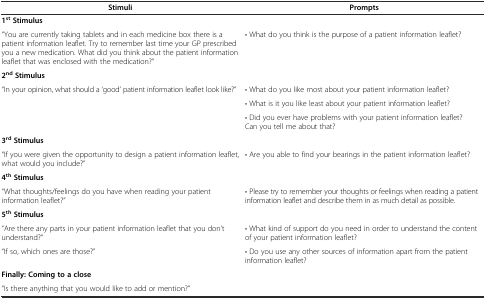
| Stimuli | Prompts |
 | --- | --- |
 | 1stStimulus |  |
 | "You are currently taking tablets and in each medicine box there is a patient information leaflet. Try to remember last time your GP prescribed you a new medication. What did you think about the patient information leaflet that was enclosed with the medication?" | • What do you think is the purpose of a patient information leaflet? |
 | 2ndStimulus |  |
 | "In your opinion, what should a ‘good’ patient information leaflet look like?" | • What do you like most about your patient information leaflet? |
 |  | • What is it you like least about your patient information leaflet? |
 |  | • Did you ever have problems with your patient information leaflet? Can you tell me about that? |
 | 3rdStimulus |  |
 | "If you were given the opportunity to design a patient information leaflet, what would you include?" | • Are you able to find your bearings in the patient information leaflet? |
 | 4thStimulus |  |
 | "What thoughts/feelings do you have when reading your patient information leaflet?" | • Please try to remember your thoughts or feelings when reading a patient information leaflet and describe them in as much detail as possible. |
 | 5thStimulus |  |
 | "Are there any parts in your patient information leaflet that you don’t understand?" | • What kind of support do you need in order to understand the content of your patient information leaflet? |
 | "If so, which ones are those?" | • Do you use any other sources of information apart from the patient information leaflet? |
 | Finally: Coming to a close |  |
 | "Is there anything that you would like to add or mention?" |  |